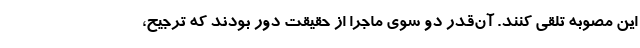
این مصوبه تلقی کنند. آن‌قدر دو سوی ماجرا از حقیقت دور بودند که ترجیح،